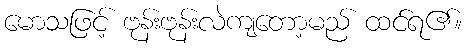
မောသဖြင့် ဗုန်းဗုန်းလဲကျတော့မည် ထင်ရ၏။